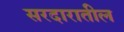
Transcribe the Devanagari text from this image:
सरदारातील